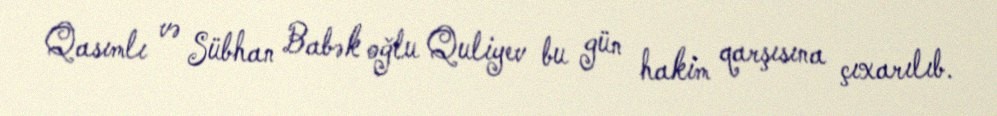
Qasımlı və Sübhan Babək oğlu Quliyev bu gün hakim qarşısına çıxarılıb.